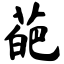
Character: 葩